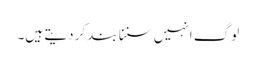
لوگ انہیں سننا بند کردیتے ہیں۔